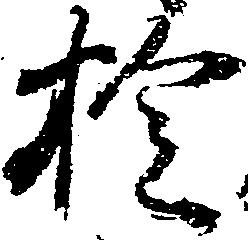
拾